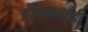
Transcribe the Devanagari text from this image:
ख़ैरख़्वाही